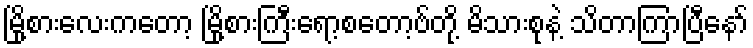
မြို့စားလေးကတော့ မြို့စားကြီးရော့စတော့ဗ်တို့ မိသားစုနဲ့ သိတာကြာပြီနော်